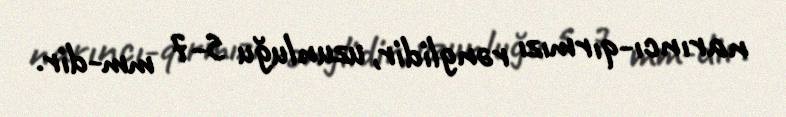
narıncı-qırmızı rənglidir, uzunluğu 5-7 mm-dir.